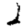
Digit: 2